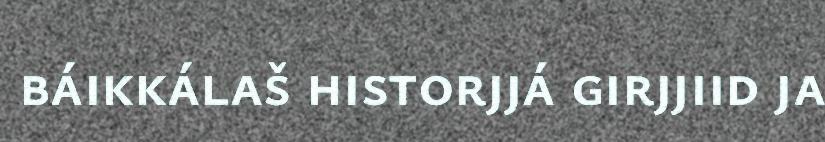
báikkálaš historjjá girjjiid ja